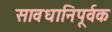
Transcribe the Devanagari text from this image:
सावधानिपूर्वक